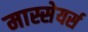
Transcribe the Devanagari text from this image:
मास्सेयर्स